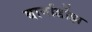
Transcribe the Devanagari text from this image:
बार्नार्डोझ